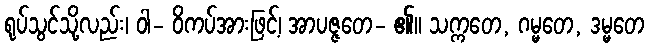
ရုပ်သွင်သို့လည်း၊ ဝါ- ဝိကပ်အားဖြင့်၊ အာပဇ္ဇတေ- ၏။ သက္ကတေ, ဂမ္မတေ, ဒမ္မတေ